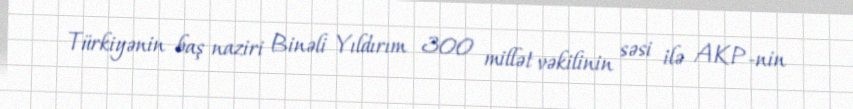
Türkiyənin baş naziri Binəli Yıldırım 300 millət vəkilinin səsi ilə AKP-nin